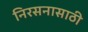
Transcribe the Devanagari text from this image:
निरसनासाठी